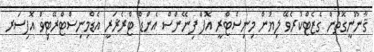
ޤާނޫނީގޮތުން ގެޒެޓްކުރެވޭ ލިޔުން މިނިސްޓްރީ އޮފް ފިނޭންސް އެންޑް ޓްރެޜަރީ އެޑްމިނިސްޓްރޭޓިވް އޮފިސަރ